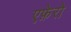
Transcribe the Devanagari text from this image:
एफ़ेरो